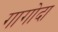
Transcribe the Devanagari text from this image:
गागोदा